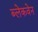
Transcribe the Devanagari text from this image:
ब्लेकवेन